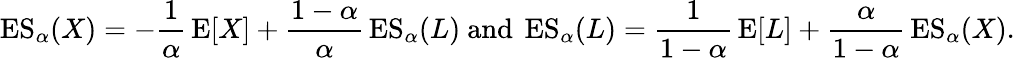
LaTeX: \operatorname{ES}_{\alpha}(X)=-{\frac{1}{\alpha}}\operatorname{E}[X]+{\frac{1-\alpha}{\alpha}}\operatorname{ES}_{\alpha}(L){\mathrm{~and~}}\operatorname{ES}_{\alpha}(L)={\frac{1}{1-\alpha}}\operatorname{E}[L]+{\frac{\alpha}{1-\alpha}}\operatorname{ES}_{\alpha}(X).